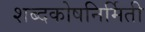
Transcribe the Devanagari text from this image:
शब्दकोषनिर्मिती